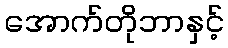
အောက်တိုဘာနှင့်